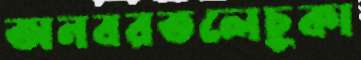
অনবরতলেচুকা